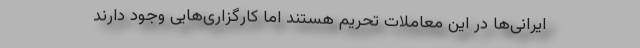
ایرانی‌ها در این معاملات تحریم هستند اما کارگزاری‌هایی وجود دارند